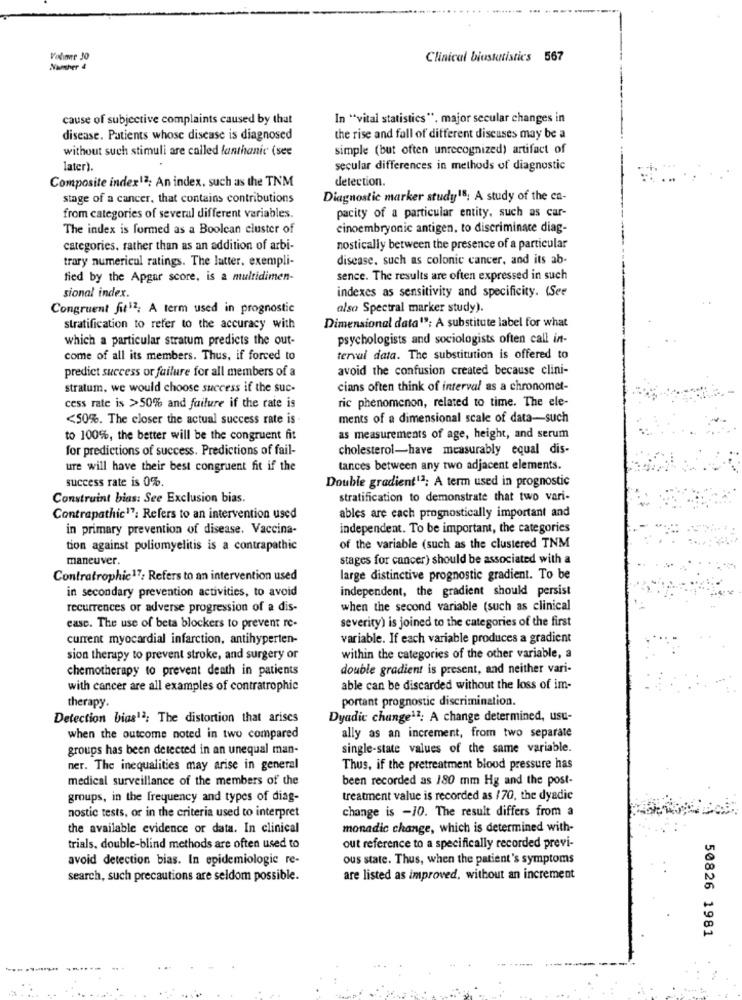
Volime 30
Clinical biostatistics 567
Namnher 4
cause of subjective complaints caused by that
In "vital statistics". major secular changes in
disease. Patients whose disease is diagnosed
the rise and fall of different diseases may be a
without such stimuli are called fanthanic (see
simple (but often unrecognized) artifact of
later).
secular differences in methods of diagnostic
detection.
Composite index12; An index. such as the TNM
stage of a cancer, that contains contributions
Diagnostic marker study18: A study of the ca-
from categories of several different variables.
pacity of a particular entity, such as car-
The index is formed as a Boolean cluster of
cinoembryonic antigen, to discriminate diag-
categories, rather than as an addition of arbi-
nostically between the presence of a particular
trary numericul ratings. The latter, exempli-
disease. such as colonic cancer, and its ab-
fied by the Apgar score, is a multidimen-
sence. The results are often expressed in such
sional index.
indexes as sensitivity and specificity. (See
Congruent fit12; A term used in prognostic
also Spectral marker study).
stratification to refer to the accuracy with
Dimensional data19; A substitute label for what
which a particular stratum predicts the out-
psychologists and sociologists often call in-
come of all its members. Thus, if forced to
terval data. The substitution is offered to
predict success or failure for all members of a
avoid the confusion created because clini-
stratum, we would choose success if the suc-
cians often think of interval as a chronomet-
ric phenomenon, related to time. The ele-
cess rate is >50% and failure if the rate is
<50%. The closer the actual success rate is
ments of a dimensional scale of data-such
to 100%, the better will be the congruent fit
as measurements of age, height, and serum
for predictions of success. Predictions of fail-
cholesterol-have measurably equal dis-
ure will have their best congruent fit if the
tances between any two adjacent elements.
success rate is 0%.
Double gradient12: A term used in prognostic
Construint bias: See Exclusion bias.
stratification to demonstrate that two vari-
Contrapathic17: Refers to an intervention used
ables are each prognostically important and
in primary prevention of disease. Vaccina-
independent. To be important, the categories
tion against poliomyelitis is a contrapathic
of the variable (such as the clustered TNM
maneuver.
stages for cancer) should be associated with a
Contratrophic17: Refers to an intervention used
large distinctive prognostic gradient. To be
in secondary prevention activities, to avoid
independent, the gradient should persist
recurrences or adverse progression of a dis-
when the second variable (such as clinical
severity) is joined to the categories of the first
easc. The use of beta blockers to prevent re-
current myocardial infarction, antihyperten-
variable. If each variable produces a gradient
sion therapy to prevent stroke, and surgery or
within the categories of the other variable, a
chemotherapy to prevent death in patients
double gradient is present, and neither vari-
with cancer are all examples of contratrophie
able can be discarded without the loss of im-
therapy.
portant prognostic discrimination.
Detection bias12; The distortion that arises
Dyadic change12: A change determined, usu-
when the outcome noted in two compared
ally as an increment, from two separate
groups has been detected in an unequal man-
single-state values of the same variable.
ner. The inequalities may arise in general
Thus, if the pretreatment blood pressure has
medical surveillance of the members of the
been recorded as 180 mm Hg and the post-
groups, in the frequency and types of diag-
treatment value is recorded as /70, the dyadic
change is -10. The result differs from a
nostic tests, or in the criteria used to interpret
the available evidence or data. In clinical
monadic change, which is determined with-
trials. double-blind methods are often used to
out reference to a specifically recorded previ-
avoid detection bias. In epidemiologic re-
ous state. Thus, when the patient's symptoms
search, such precautions are seldom possible.
are listed as improved, without an increment
50826 1981